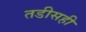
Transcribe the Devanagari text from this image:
तडीसही